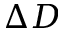
\Delta D